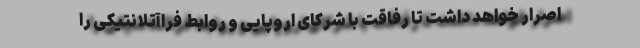
اصرار خواهد داشت تا رفاقت با شرکای اروپایی و روابط فراآتلانتیکی را